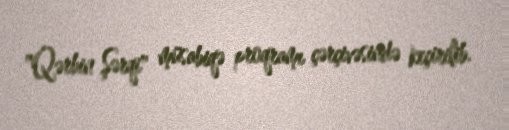
"Qərbin Şərqi" müsabiqə proqramı çərçivəsində keçirilib.